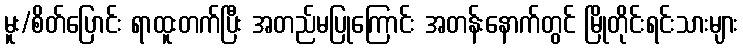
မူး/စိတ်ပြောင်း ရာထူးတက်ပြီး အတည်မပြုကြောင်း အတန်းနောက်တွင် မြိုတိုင်းရင်းသားများ